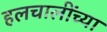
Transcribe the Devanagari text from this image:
हलचालींच्या